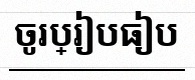
ចូរប្រៀបធៀប